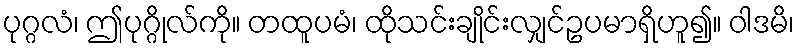
ပုဂ္ဂလံ၊ ဤပုဂ္ဂိုလ်ကို။ တထူပမံ၊ ထိုသင်းချိုင်းလျှင်ဥပမာရှိဟူ၍။ ဝါဒမိ၊